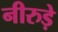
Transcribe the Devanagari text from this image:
नीरुड़े